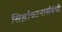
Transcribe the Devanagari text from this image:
सिद्धांकानासंबंधी